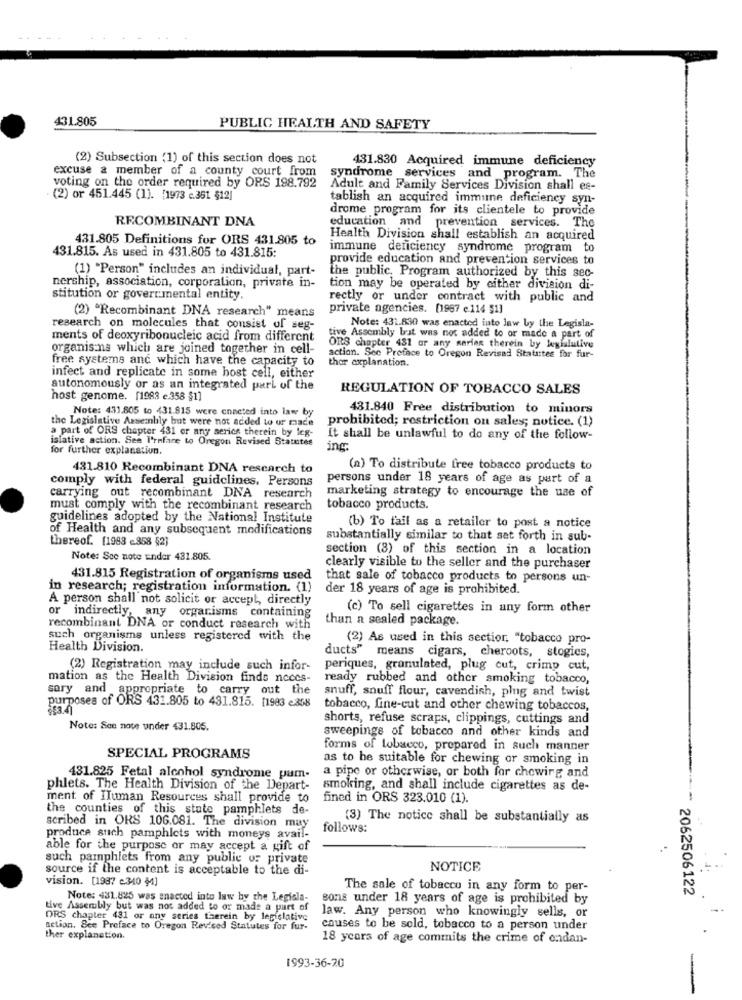
431.805
PUBLIC HEALTH AND SAFETY
(2) Subsection (1) of this section does not
431.830 Acquired immune deficiency
excuse a member of a county court from
syndrome _services and program. The
voting on the order required by ORS 198.792
Adult and Family Services Division shall es-
(2) or 451.445 (1). [1973 c.351 $12]
tablish an acquired immune deficiency syn-
drome program for its clientele to provide
RECOMBINANT DNA
education and prevention services. The
431.805 Definitions for ORS 431.805 to
Health Division shall establish an acquired
immune deficiency syndrome program to
431.815. As used in 431.805 to 431.815
provide education and prevention services to
(1) "Person" includes an individual, part-
the public, Program authorized by this sec-
nership, association, corporation, private in-
tion may be operated by either division di-
stitution or governmental entity.
rectly or under contract with public and
(2) "Recombinant DNA research" means
private agencies. [1987 e.114 51]
Note: 431.830 was enacted into law by the Legisla-
research on molecules that consist of seg-
ments of deoxyribonucleic acid from different
tive Assembly brit was not added to or made a part of
organis na which are joined together in cell-
ORS chapter 431 or any narien therein by legislative
free systems and which have the capacity to
action. See Preface to Oregon Revised Statutes for fur-
thor explanation.
infect and replicate in some host cell, either
autonomously or as an integrated parl of the
REGULATION OF TOBACCO SALES
host genome. [1988 c.358 $1]
Note: 431.805 to 431.815 were enacted into law by
431.840 Free distribution to minors
the Legislative Assembly but were not added to ur mace
prohibited; restriction on sales; notice. (1)
a part of ORS chapter 431 or any series therein by leg-
islative action. See I'rafane to Oregon Revised Statutes
It shall be unlawful to do any of the follow-
for further explanation.
ing
431.810 Recombinant DNA research to
(a) To distribute free tobacco products to
comply with federal guidelines. Persons
persons under 18 years of age as part of a
carrying out recombinant DNA research
marketing strategy to encourage the use of
must comply with the recombinant research
tobacco products.
guidelines adopted by the National Institute
of Health and any subsequent modifications
(b) To fail as a retailer to post a notice
thereof. [1983 <358 52]
substantially similar to that set forth in sub-
section (3) of this section in a location
Note: Sce note Ender 431.805.
clearly visible to the seller and the purchaser
431.815 Registration of organisms used
that sale of tobacco products to persons un-
in research; registration information. (1)
der 18 years of age is prohibited.
A person shall not solicit or accept, directly
(c) To sell cigarettes in any form other
or indirectly, any organisms containing
than a sealed package.
recombinant DNA or conduct research with
such organisms unless registered with the
(2) As used in this section. "tobacco pro-
Health Division.
ducts" means cigars, cheroots, stogies,
(2) Registration may include such infor-
periques, granulated, plug cut, crimp cut,
mation as the Health Division finde noces-
ready rubbed and other smoking tobacco,
sary and appropriate to carry out the
snuff, snuff flour, cavendish, plug and twist
purposes of ORS 431.805 to 431.815. [1983 e358
tobacco, fine-cut and other chewing tobaccos,
shorts, refuse scraps, clippings, cuttings and
Note: See nose under 431.805.
sweepinge of tobacco and other kinds and
forms of tobacco, prepared in such manner
SPECIAL PROGRAMS
as to be suitable for chewing or smoking in
a pipe or otherwise, or both for chewirg and
431.825 Fetal alcohol syndrome pam-
phlets. The Health Division of the Depart-
smoking, and shall include cigarettes as de-
ment of Human Resources shall provide to
fined in ORS 323.010 (1).
--
the counties of this state pamphlets de-
(3) The notice shall be substantially as
scribed in ORS 106.081. The division may
follows:
produce such pamphlets with moneys avail-
able for the purpose or may accept a gift of
such pamphlets from any public of private
source if the content is acceptable to the di-
NOTICE
vision. [1987 2.340 $4]
The sale of tobacco in any form to per-
2062506122
Note: 431.825 was enacted into law by the Legisla-
sons under 18 years of age is prohibited by
tive Assembly but was not added to or made a part of
DRS chapter 481 or any series therein by legislative
law. Any person who knowingly sells, or
action. See Proface to Oregon Revised Statutes for fur-
causes to be sold, tobacco to a person under
ther explanation.
18 years of age commits the crime of ondan-
1993-36-20